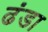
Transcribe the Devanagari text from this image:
ढंडा